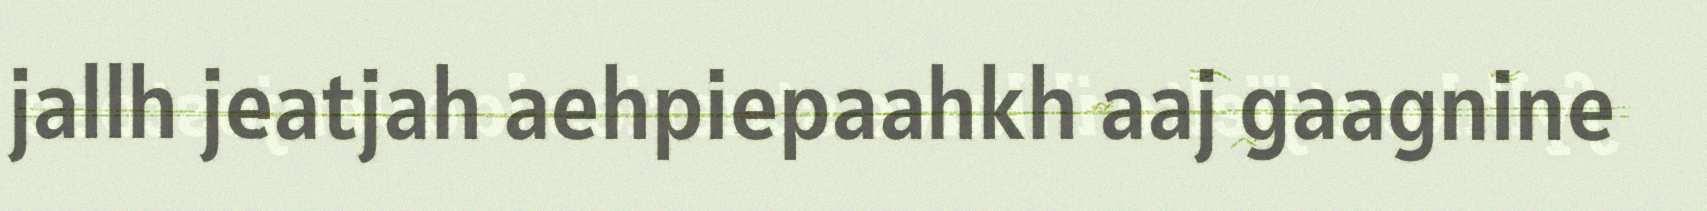
jallh jeatjah aehpiepaahkh aaj gaagnine